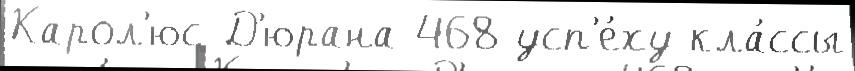
Карол'юс-Д'юрана 468 усп'е́ху кла́ссы